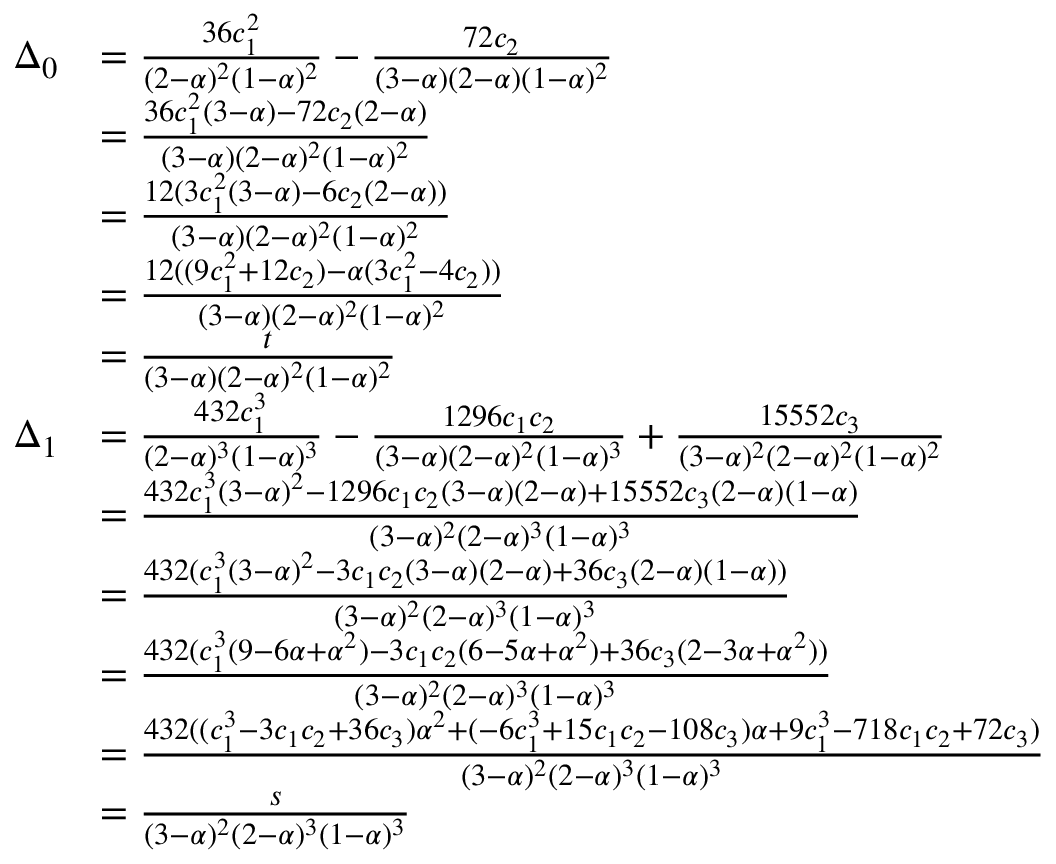
\begin{array} { r l } { \Delta _ { 0 } } & { = \frac { 3 6 c _ { 1 } ^ { 2 } } { ( 2 - \alpha ) ^ { 2 } ( 1 - \alpha ) ^ { 2 } } - \frac { 7 2 c _ { 2 } } { ( 3 - \alpha ) ( 2 - \alpha ) ( 1 - \alpha ) ^ { 2 } } } \\ & { = \frac { 3 6 c _ { 1 } ^ { 2 } ( 3 - \alpha ) - 7 2 c _ { 2 } ( 2 - \alpha ) } { ( 3 - \alpha ) ( 2 - \alpha ) ^ { 2 } ( 1 - \alpha ) ^ { 2 } } } \\ & { = \frac { 1 2 ( 3 c _ { 1 } ^ { 2 } ( 3 - \alpha ) - 6 c _ { 2 } ( 2 - \alpha ) ) } { ( 3 - \alpha ) ( 2 - \alpha ) ^ { 2 } ( 1 - \alpha ) ^ { 2 } } } \\ & { = \frac { 1 2 ( ( 9 c _ { 1 } ^ { 2 } + 1 2 c _ { 2 } ) - \alpha ( 3 c _ { 1 } ^ { 2 } - 4 c _ { 2 } ) ) } { ( 3 - \alpha ) ( 2 - \alpha ) ^ { 2 } ( 1 - \alpha ) ^ { 2 } } } \\ & { = \frac { t } { ( 3 - \alpha ) ( 2 - \alpha ) ^ { 2 } ( 1 - \alpha ) ^ { 2 } } } \\ { \Delta _ { 1 } } & { = \frac { 4 3 2 c _ { 1 } ^ { 3 } } { ( 2 - \alpha ) ^ { 3 } ( 1 - \alpha ) ^ { 3 } } - \frac { 1 2 9 6 c _ { 1 } c _ { 2 } } { ( 3 - \alpha ) ( 2 - \alpha ) ^ { 2 } ( 1 - \alpha ) ^ { 3 } } + \frac { 1 5 5 5 2 c _ { 3 } } { ( 3 - \alpha ) ^ { 2 } ( 2 - \alpha ) ^ { 2 } ( 1 - \alpha ) ^ { 2 } } } \\ & { = \frac { 4 3 2 c _ { 1 } ^ { 3 } ( 3 - \alpha ) ^ { 2 } - 1 2 9 6 c _ { 1 } c _ { 2 } ( 3 - \alpha ) ( 2 - \alpha ) + 1 5 5 5 2 c _ { 3 } ( 2 - \alpha ) ( 1 - \alpha ) } { ( 3 - \alpha ) ^ { 2 } ( 2 - \alpha ) ^ { 3 } ( 1 - \alpha ) ^ { 3 } } } \\ & { = \frac { 4 3 2 ( c _ { 1 } ^ { 3 } ( 3 - \alpha ) ^ { 2 } - 3 c _ { 1 } c _ { 2 } ( 3 - \alpha ) ( 2 - \alpha ) + 3 6 c _ { 3 } ( 2 - \alpha ) ( 1 - \alpha ) ) } { ( 3 - \alpha ) ^ { 2 } ( 2 - \alpha ) ^ { 3 } ( 1 - \alpha ) ^ { 3 } } } \\ & { = \frac { 4 3 2 ( c _ { 1 } ^ { 3 } ( 9 - 6 \alpha + \alpha ^ { 2 } ) - 3 c _ { 1 } c _ { 2 } ( 6 - 5 \alpha + \alpha ^ { 2 } ) + 3 6 c _ { 3 } ( 2 - 3 \alpha + \alpha ^ { 2 } ) ) } { ( 3 - \alpha ) ^ { 2 } ( 2 - \alpha ) ^ { 3 } ( 1 - \alpha ) ^ { 3 } } } \\ & { = \frac { 4 3 2 ( ( c _ { 1 } ^ { 3 } - 3 c _ { 1 } c _ { 2 } + 3 6 c _ { 3 } ) \alpha ^ { 2 } + ( - 6 c _ { 1 } ^ { 3 } + 1 5 c _ { 1 } c _ { 2 } - 1 0 8 c _ { 3 } ) \alpha + 9 c _ { 1 } ^ { 3 } - 7 1 8 c _ { 1 } c _ { 2 } + 7 2 c _ { 3 } ) } { ( 3 - \alpha ) ^ { 2 } ( 2 - \alpha ) ^ { 3 } ( 1 - \alpha ) ^ { 3 } } } \\ & { = \frac { s } { ( 3 - \alpha ) ^ { 2 } ( 2 - \alpha ) ^ { 3 } ( 1 - \alpha ) ^ { 3 } } } \end{array}